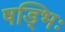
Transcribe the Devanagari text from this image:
षड्भिः